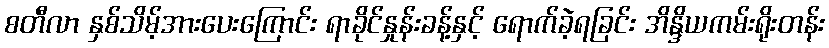
စတီလာ နှစ်သိမ့်အားပေးကြောင်း ရာခိုင်နှုန်းခန့်နှင့် ရောက်ခဲ့ရခြင်း အိန္ဒိယကမ်းရိုးတန်း